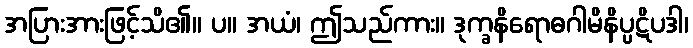
အပြားအားဖြင့်သိ၏။ ပ။ အယံ၊ ဤသည်ကား။ ဒုက္ခနိရောဓဂါမိနိပ္ပဋိပဒါ၊